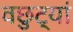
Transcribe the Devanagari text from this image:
वछुट्यां